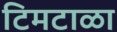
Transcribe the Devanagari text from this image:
टिमटाळा